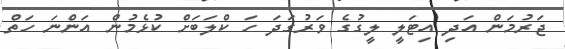
ޖަރުމަން އަދި އިޓަލީ ލީގުގެ ވަރުގަދަ ހަ ކްލަބަށް ކުޅެމުން އަންނަ ހަތް